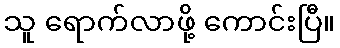
သူ ရောက်လာဖို့ ကောင်းပြီ။